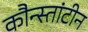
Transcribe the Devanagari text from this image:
कौन्स्तांटीन